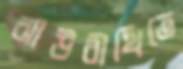
ঝাউবীথিতে